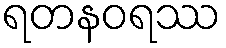
ရတနဝရဿ